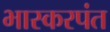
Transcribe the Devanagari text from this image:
भास्करपंत